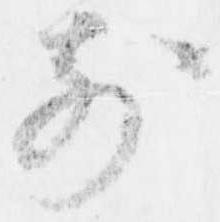
前